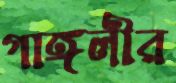
গাঙ্গলীর